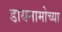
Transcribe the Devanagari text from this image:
डायनामोच्या